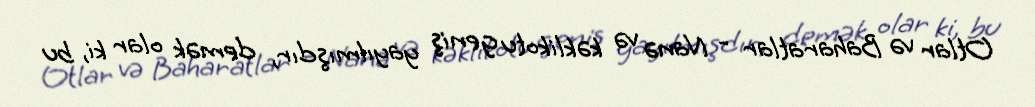
Otlar və Baharatlar - Nanə və kəklikotu geniş yayılmışdır, demək olar ki, bu